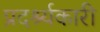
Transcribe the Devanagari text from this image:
प्रदर्श्यकारी